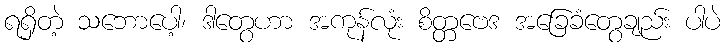
ရရှိတဲ့ သဘောပေါ့၊ ဒါတွေဟာ အကုန်လုံး စိတ္တဗေဒ အခြေခံတွေချည်း ပါပဲ